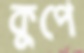
কুপে